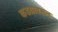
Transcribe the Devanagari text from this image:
कडय़ावरून